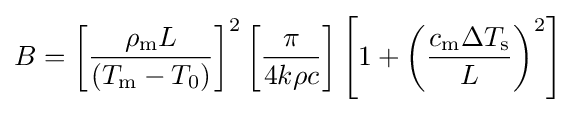
B=\left[{\frac {\rho _{\mathrm {m} }L}{\left(T_{\mathrm {m} }-T_{0}\right)}}\right]^{2}\left[{\frac {\pi }{4k\rho c}}\right]\left[1+\left({\frac {c_{\mathrm {m} }\Delta T_{\mathrm {s} }}{L}}\right)^{2}\right]